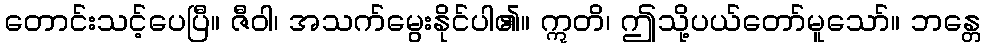
တောင်းသင့်ပေပြီ။ ဇီဝါ၊ အသက်မွေးနိုင်ပါ၏။ ဣတိ၊ ဤသို့ပယ်တော်မူသော်။ ဘန္တေ